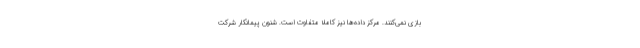
بازی نمی‌کنند. مرکز داده‌ها نیز کاملا متفاوت است. شنون پیمانکار شرکت